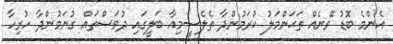
އެންމެ ބޮޑު ވޭނެއް ތަޙަންމަލު ކުރަމުންދާ ތެލެސީމިއާ ބަލީގައި ދުވަސްތައް ގުނަމުންދާ ހުރިހާ